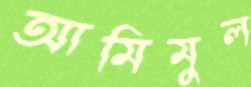
আমিমুল